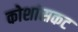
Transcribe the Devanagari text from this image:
कोशांसकट